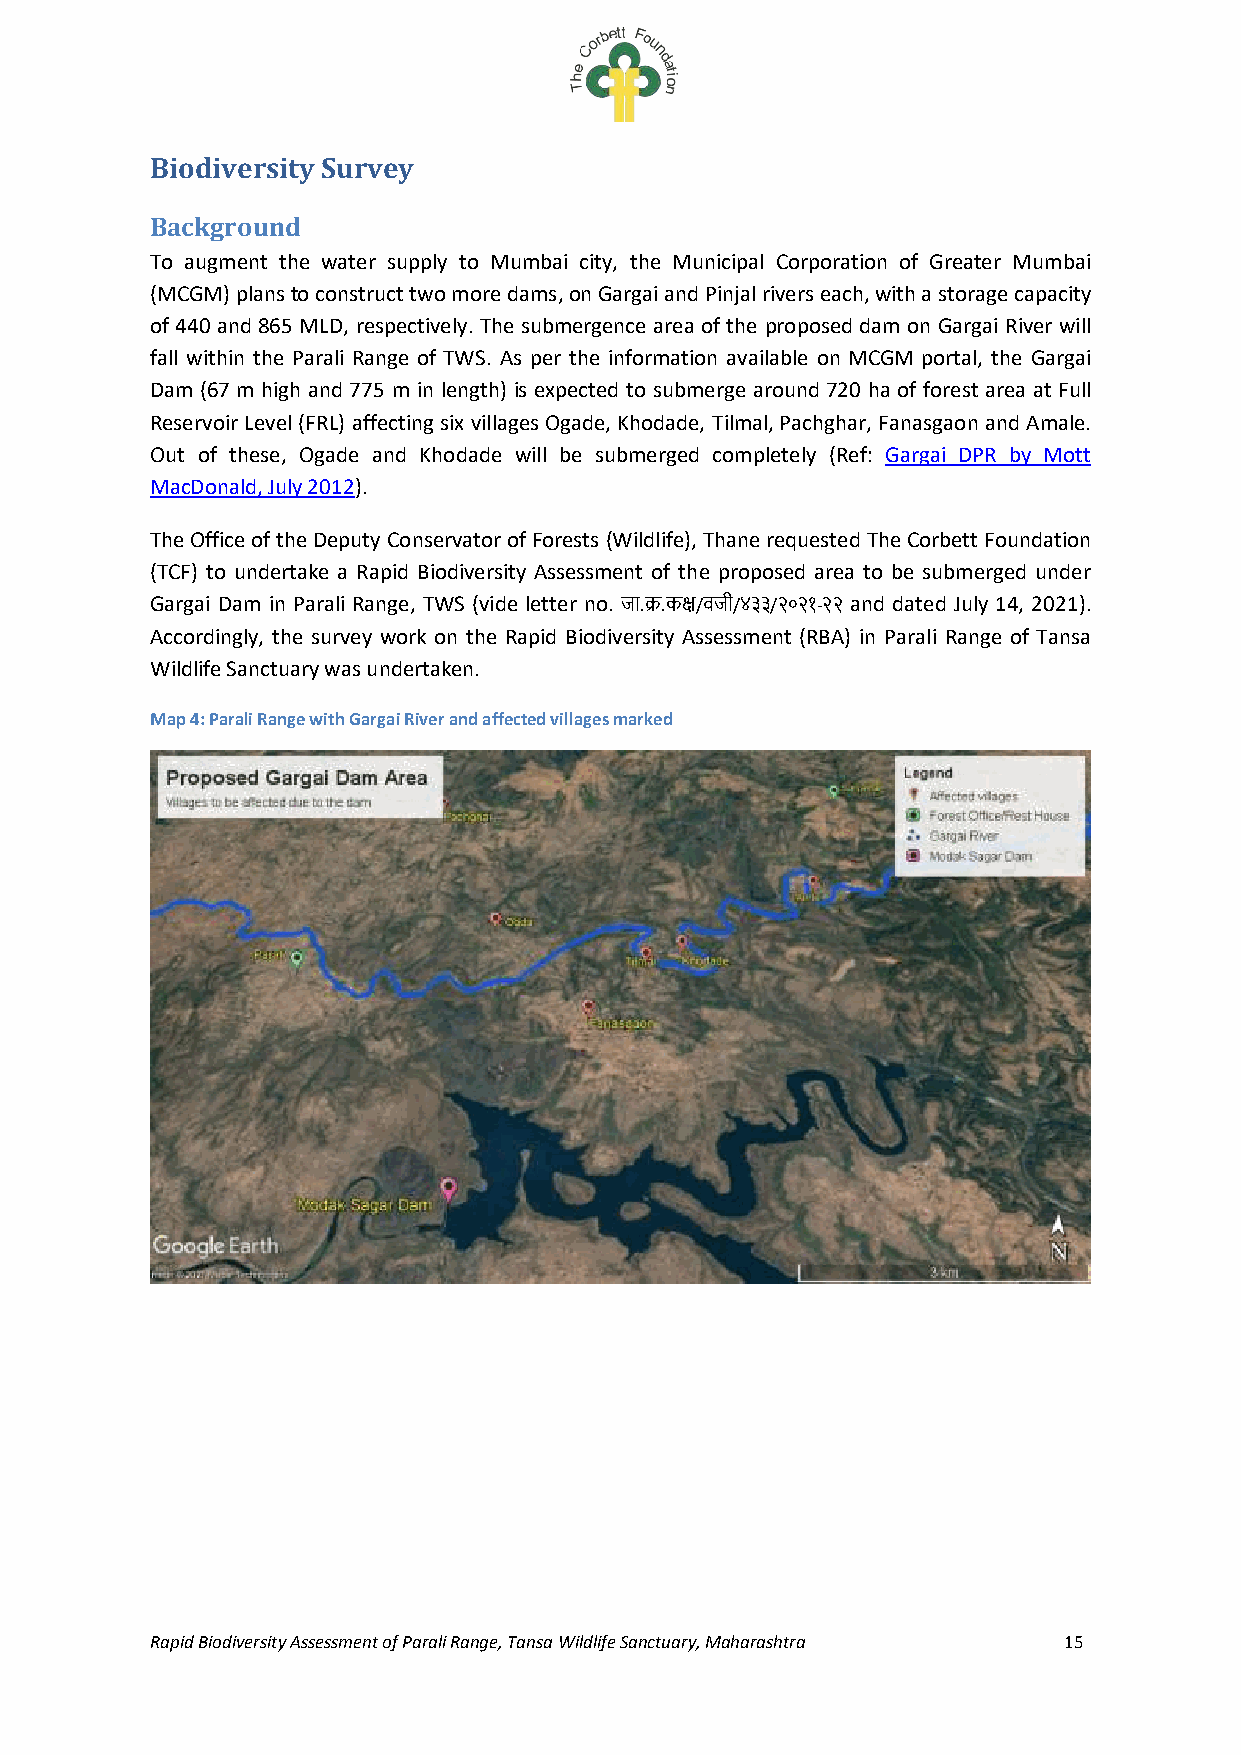
Biodiversity Survey
 Background
 To augment the water supply to Mumbai city, the Municipal Corporation of Greater Mumbai
 (MCGM) plans to construct two more dams, on Gargai and Pinjal rivers each, with a storage capacity
 of 440 and 865 MLD, respectively. The submergence area of the proposed dam on Gargai River will
 fall within the Parali Range of TWS. As per the information available on MCGM portal, the Gargai
 Dam (67 m high and 775 m in length) is expected to submerge around 720 ha of forest area at Full
 Reservoir Level (FRL) affecting six villages Ogade, Khodade, Tilmal, Pachghar, Fanasgaon and Amale.
 Out of these, Ogade and Khodade will be submerged completely (Ref: Gargai DPR by Mott
 MacDonald, July 2012).
 The Office of the Deputy Conservator of Forests (Wildlife), Thane requested The Corbett Foundation
 (TCF) to undertake a Rapid Biodiversity Assessment of the proposed area to be submerged under
 Gargai Dam in Parali Range, TWS (vide letter no. जा.क्र.कक्ष/वजी/४३३/२०२१-२२ and dated July 14, 2021).
 Accordingly, the survey work on the Rapid Biodiversity Assessment (RBA) in Parali Range of Tansa
 Wildlife Sanctuary was undertaken.
 Map 4: Parali Range with Gargai River and affected villages marked
 Rapid Biodiversity Assessment of Parali Range, Tansa Wildlife Sanctuary, Maharashtra 15